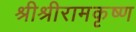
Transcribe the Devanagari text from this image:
श्रीश्रीरामकृष्ण